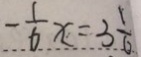
- \frac { 1 } { 6 } x = 3 \frac { 1 } { 6 }